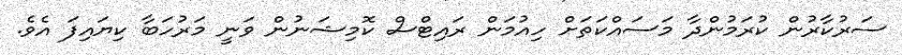
ސަރުކާރުން ކުރަމުންދާ މަސައްކަތަށް ހިއުމަން ރައިޓްސް ކޮމިޝަނުން ވަނީ މަރުހަބާ ކިޔައިފަ އެވެ.